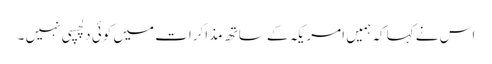
اس نے کہا کہ ہمیں امریکہ کے ساتھ مذاکرات میں کوئی دلچسپی نہیں ۔